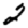
Digit: 2